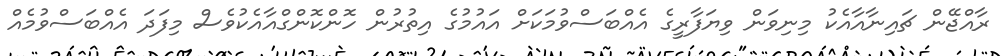
ރާއްޖޭން ޗައިނާއާއެކު މިނިވަން ވިޔަފާރީގެ އެއްބަސްވުމަކަށް އައުމުގެ އިތުރުން ހޮންކޮންގްއާއެކުވެސް މިފަދަ އެއްބަސްވުމެއް